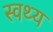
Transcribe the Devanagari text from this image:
स्वथ्य